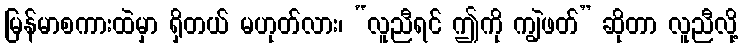
မြန်မာစကားထဲမှာ ရှိတယ် မဟုတ်လား၊ “လူညီရင် ဤကို ကျွဲဖတ်” ဆိုတာ လူညီလို့